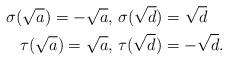
LaTeX: \begin{align*} \sigma(\sqrt{a})=-\sqrt{a},\ &\sigma(\sqrt{d})=\sqrt{d}\\ \tau(\sqrt{a})=\sqrt{a},\ &\tau(\sqrt{d})=-\sqrt{d}.\end{align*}